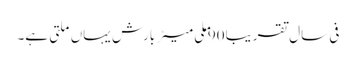
فی سال تقریبا 90 ملی میٹر بارش یہاں ملتی ہے۔